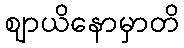
ဈာယိနောမှာတိ